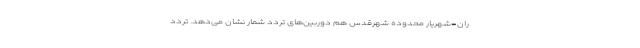
ران-شهریار محدوده شهرقدس هم دوربین‌های تردد شمار نشان می‌دهد. تردد